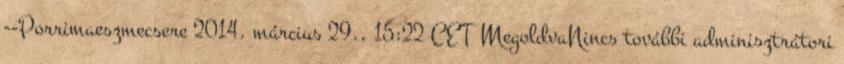
--Porrimaeszmecsere 2014. március 29., 15:22 CET MegoldvaNincs további adminisztrátori